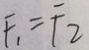
F _ { 1 } = F _ { 2 }